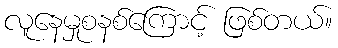
လူနေမှုစနစ်ကြောင့် ဖြစ်တယ်။